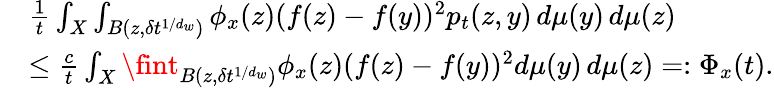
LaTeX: \begin{array}{rl}&{\frac{1}{t}\int_{X}\int_{B(z,\delta t^{1/d_{w}})}\phi_{x}(z)(f(z)-f(y))^{2}p_{t}(z,y)\, d\mu(y)\, d\mu(z)}\\ &{\leq\frac{c}{t}\int_{X}\fint_{B(z,\delta t^{1/d_{w}})}\phi_{x}(z)(f(z)-f(y))^{2}d\mu(y)\, d\mu(z)=:\Phi_{x}(t).}\end{array}